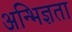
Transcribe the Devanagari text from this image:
अन्भिज्ञता